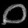
Digit: ၀